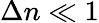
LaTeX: \Delta n\ll 1